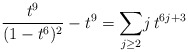
\begin{align*}\frac{t^9}{(1-t^6)^2}-t^9=\displaystyle{\sum_{j\ge 2}} j\,t^{6j+3}\end{align*}